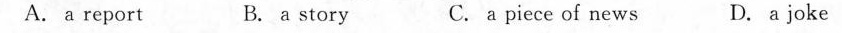
A. a report B. a story C.a piece of news D.A joke